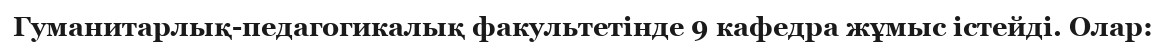
Гуманитарлық-педагогикалық факультетінде 9 кафедра жұмыс істейді. Олар: